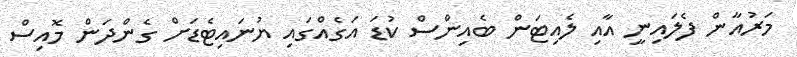
މަރުއާން ފެލައިނީ އާއި ލެއިޓަން ބެއިންސް ކުޑަ އަގެއްގައި ޔުނައިޓެޑަށް ގެންދަން މޮއިސް